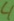
Text: 4